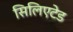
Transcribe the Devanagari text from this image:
सिलिएटेड